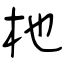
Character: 杝